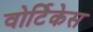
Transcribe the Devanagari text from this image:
वोर्टिकेस